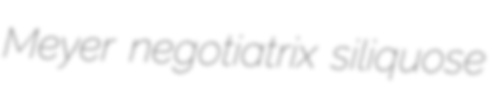
Meyer negotiatrix siliquose